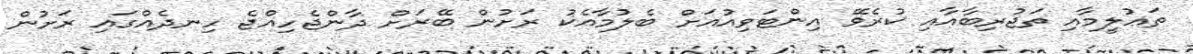
ތަޢުލީމާއި ތަޖުރިބާއާއި ކުރެވޭ އިންޓަވިއުއަށް ބެލުމާއެކު ރަށުން ބޭރަށް ދާންޖެހިއްޖެ ހިނދެއްގައި ރަށުން